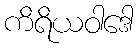
ကိရိယဝါဒေါ